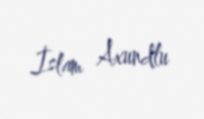
İslam Axundlu